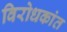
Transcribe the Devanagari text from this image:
विरोधकांत